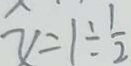
y = 1 \div \frac { 1 } { 2 }